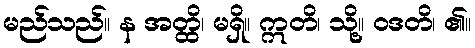
မည်သည်။ န အတ္ထိ၊ မရှိ။ ဣတိ၊ သို့။ ဝဒတိ၊ ၏။